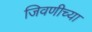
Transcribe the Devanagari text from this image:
जिवणीच्या